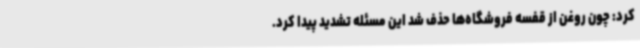
کرد: چون روغن از قفسه فروشگاه‌ها حذف شد این مسئله تشدید پیدا کرد.